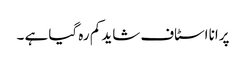
پرانا اسٹاف شاید کم رہ گیا ہے ۔